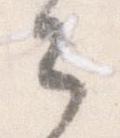
々